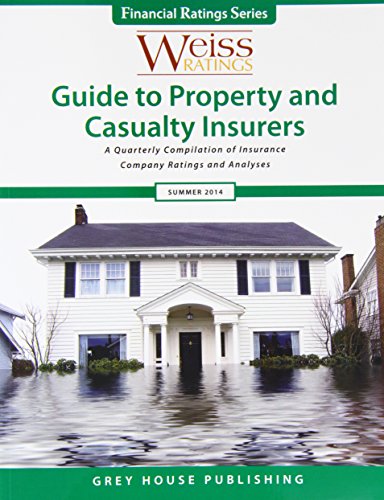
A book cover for Weiss Ratings' Guide to Property and Casualty Insurers Summer 2014: A Quarterly Compilation of Insurance Company Ratings and Analyses (Weiss Ratings Guide to Property & Casualty Insurers); Business & Money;